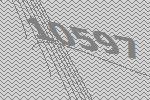
10597